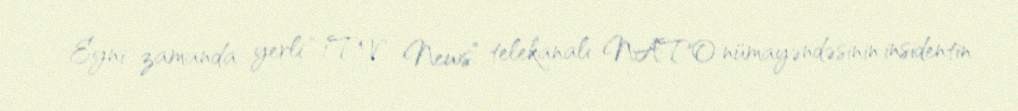
Eyni zamanda yerli “1TV News” telekanalı NATO nümayəndəsinin insidentin